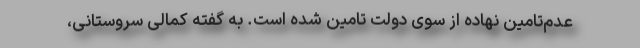
عدم‌تامین نهاده از سوی دولت تامین شده است. به گفته کمالی سروستانی،